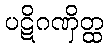
ပဋိဂဏှိတ္ထ